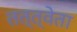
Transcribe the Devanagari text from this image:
तत्त्वेता